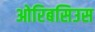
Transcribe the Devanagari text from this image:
ओरिबसिउस